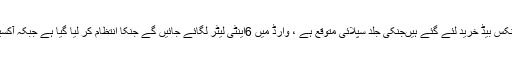
ڈی سی او لیاقت علی چٹھہ نے کہا کہ آئی سی یو کے لئے 6الیکٹرانکس بیڈ خرید لئے گئے ہیںجنکی جلد سپلائی متوقع ہے ، وارڈ میں 6اینٹی لیٹر لگائے جائیں گے جنکا انتظام کر لیا گیا ہے جبکہ آکسیجن سپلائی کے حوالے سے بھی انتظامات مکمل کر لئے گئے ہیں۔